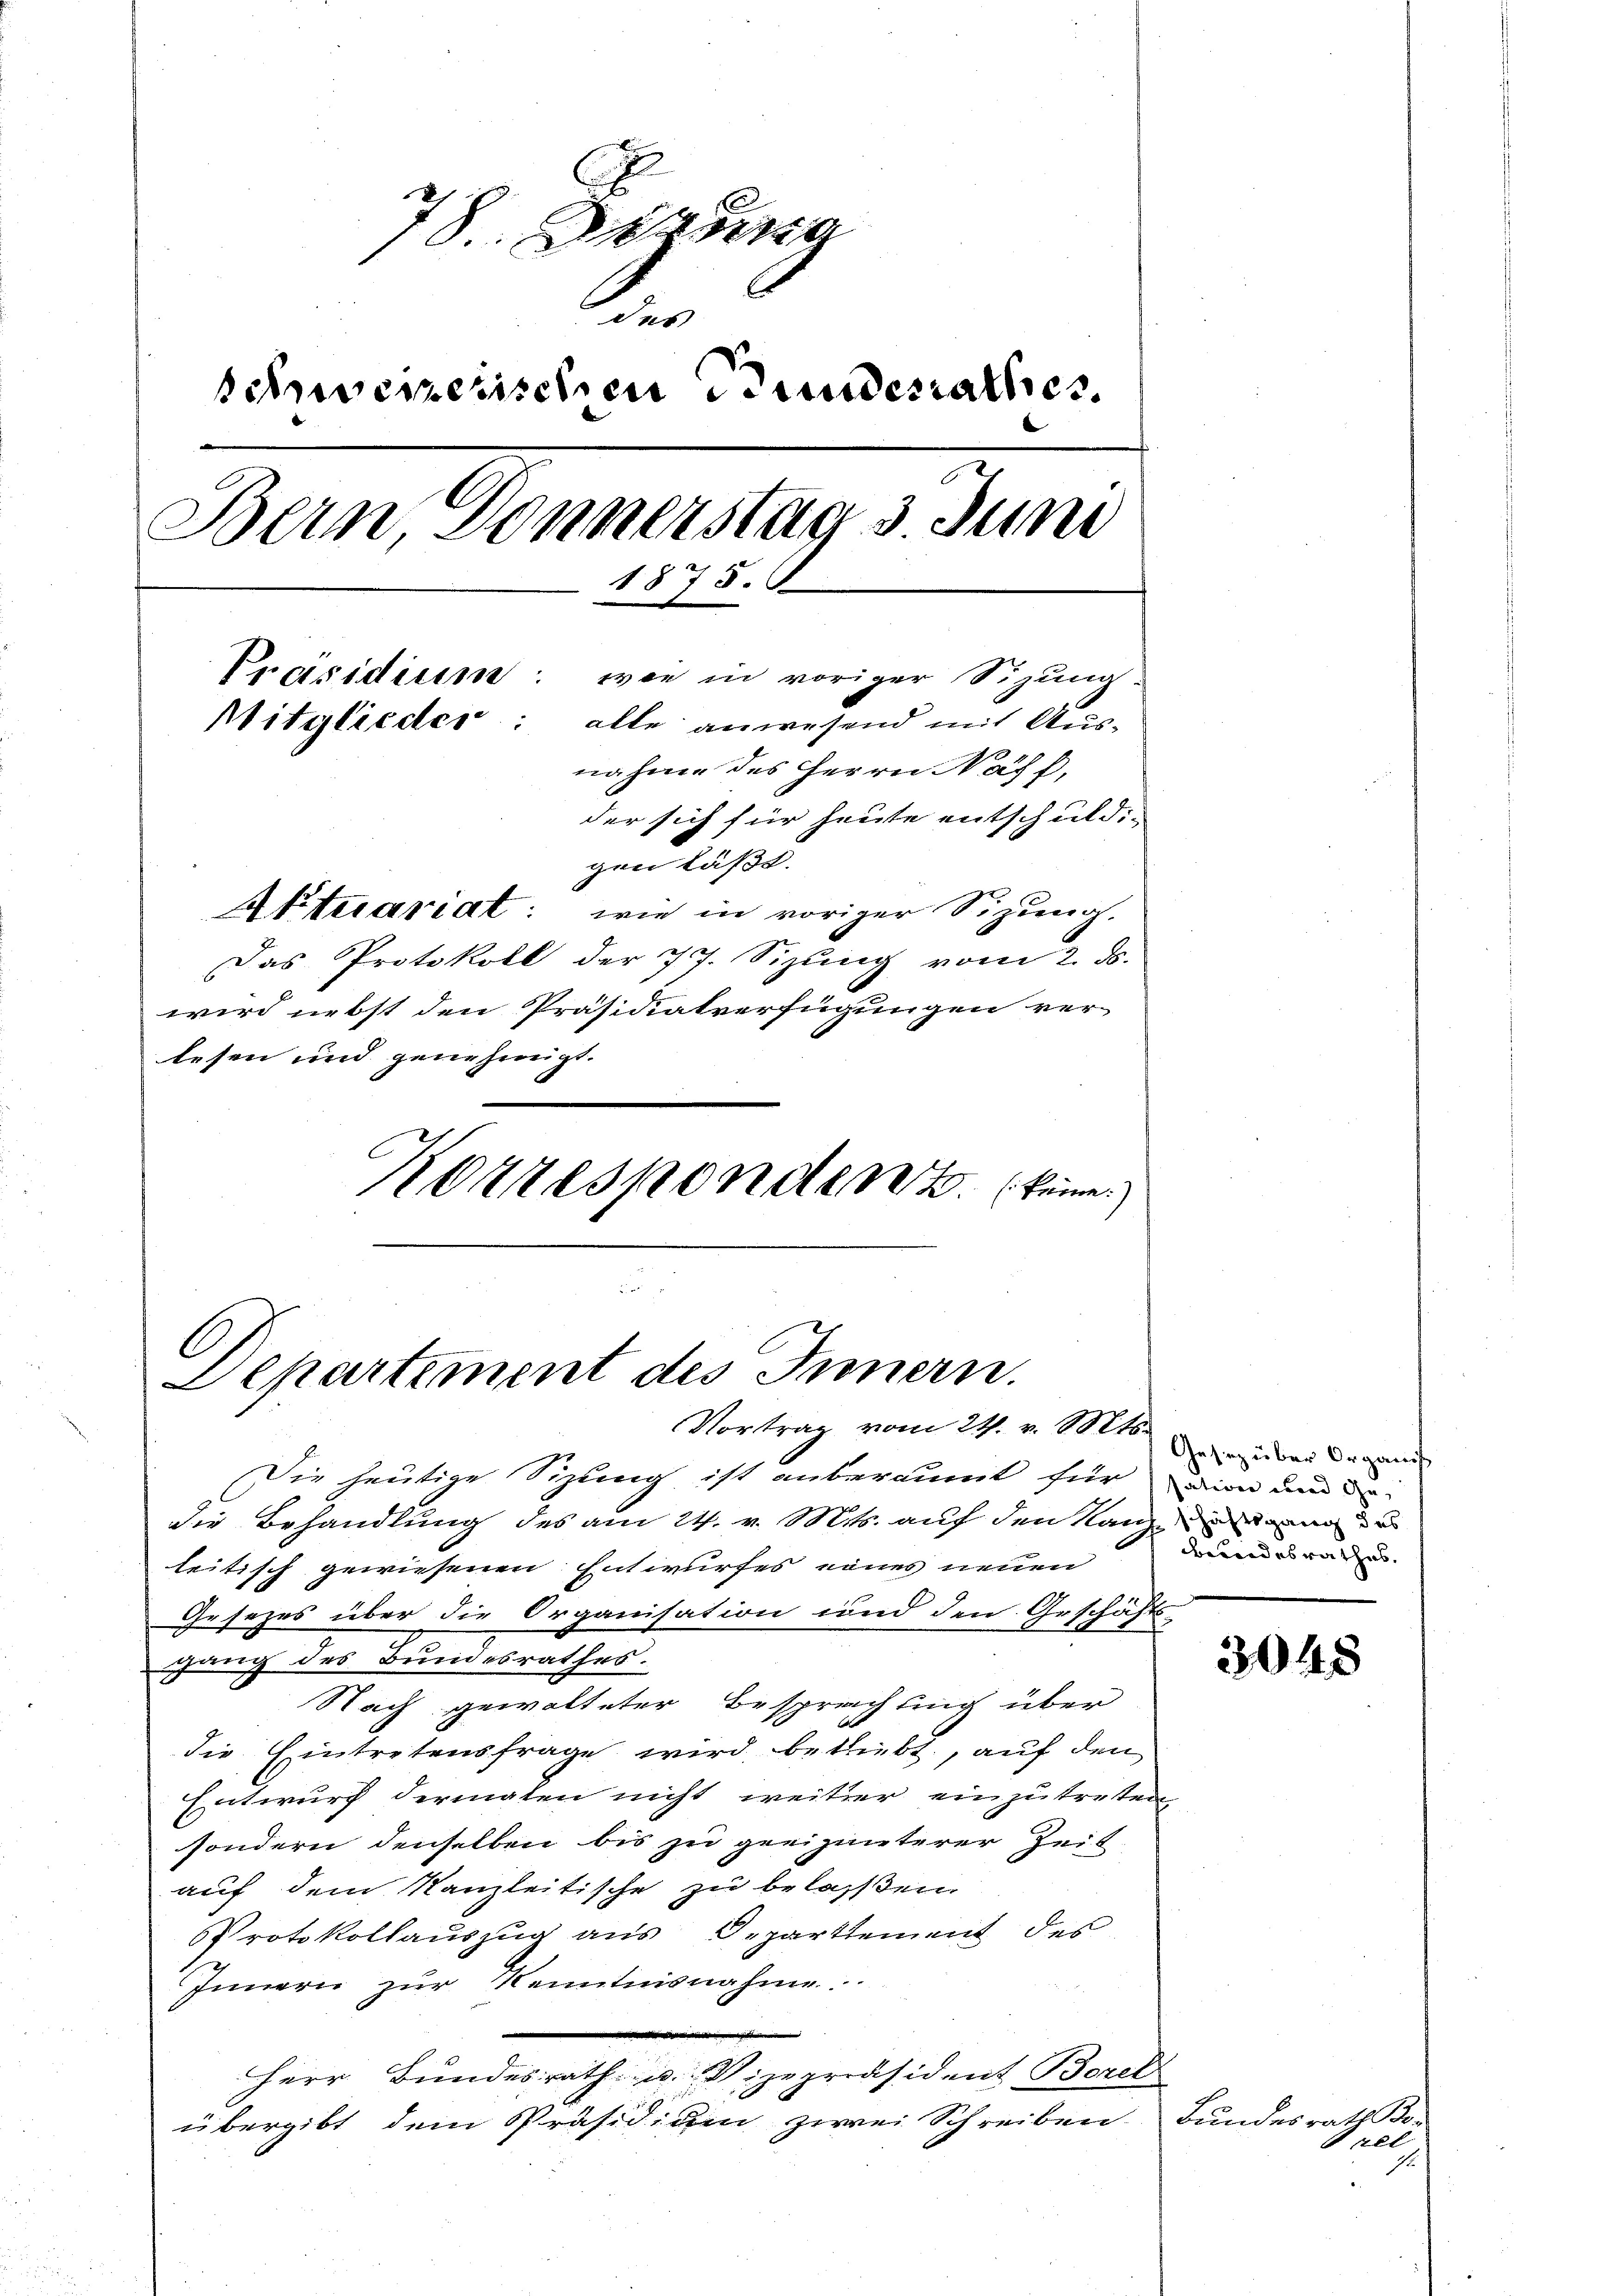
78. Denung
des
schwerenischen Stunderrathes.
Beim Donnerstags Juni
1875.
Präsidium: wie in voriger Sizung:
Mitglieder: alle anwesend mit Ausnahme des Herrn Näf,
der sich für heute entschuldi-
gen läßt.
Aktuariat: wie in voriger Sizung.

Das Protokoll der 77. Sizŭng vom 2. ds.
wird nebst den Präsidiatverfügungen ver-
lesen und genehmigt.
Korrespondent keine

O
Departement des Innern.
Vortrag vom 24. v. Mts.

Die heutige Sizung ist unberaumt für an um de
die Behandlung des am 24. v. Mts. auf den Kanze
leitisch gewiesenen Entwurfes eines neuen
Gesezes über die Organisation und den Geschäfts-
gang des Bundesrathes.
Nach gewalteter Besprechung über
die Eintretensfrage wird betriebt, auf den
Entwurf dermalen nicht weiter einzutreten
sondern denselben bis zu geeigneterer Zeit
auf dem Kanzleitische zu belassen.
Protokollauszug aus Departement des
Innern zur Kenntnisnahme
Herr Bundesrath u. Vizepräsident Berel
übergibt dem Präsidium zwei Schreiben

Gesez über Organis
Bundesrathes.

3045

Bundesrath Bo¬

Snel